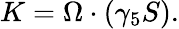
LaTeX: K=\Omega\cdot(\gamma_{5}S).